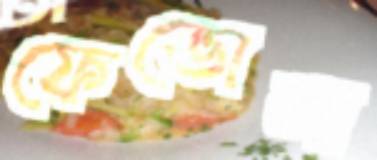
ফেভোলা